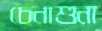
চেনাশুনা